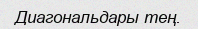
Диагональдары тең.